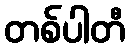
တစ်ပါတီ